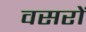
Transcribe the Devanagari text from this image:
वसरों